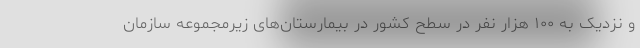
و نزدیک به ۱۰۰ هزار نفر در سطح کشور در بیمارستان‌های زیرمجموعه سازمان